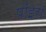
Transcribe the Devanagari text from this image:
पॉइरॉ